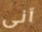
آنى